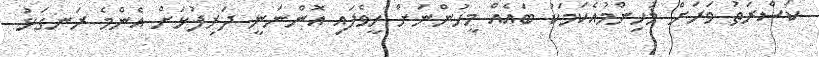
ކަސްރަތު ވަރަށް މުހިންމުއެކަމަކު ބައެއް މީހުންނަށް ހީވެފައި އޮންނަނީ ދަރިފުޅަށް އެންމެ ރަނގަޅު